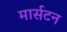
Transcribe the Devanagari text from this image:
मार्सटन